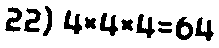
22) 4×4×4=64